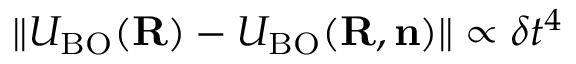
\| U _ { \mathrm { B O } } ( { \bf R } ) - { \cal U } _ { \mathrm { B O } } ( { \bf R , n } ) \| \propto \delta t ^ { 4 }